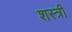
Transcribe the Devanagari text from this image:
शस्त्री